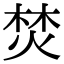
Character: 焚